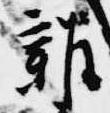
雑